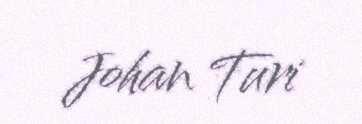
Johan Turi